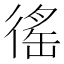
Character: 徭